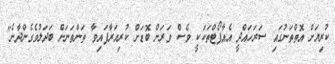
ކުރިޔަށް އޮތްތަނުގައި ސަރަހައްދީ އެއާޕޯޓްތަކަކީ ވެސް ވަރަށް ބޮޑަށް ކުރިއަރާފައިވާ ތަންތަނަށް ބަދަލުވެގެންދާނެ"